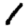
Digit: 1